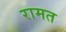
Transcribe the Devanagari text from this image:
रामत